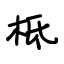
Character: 柢